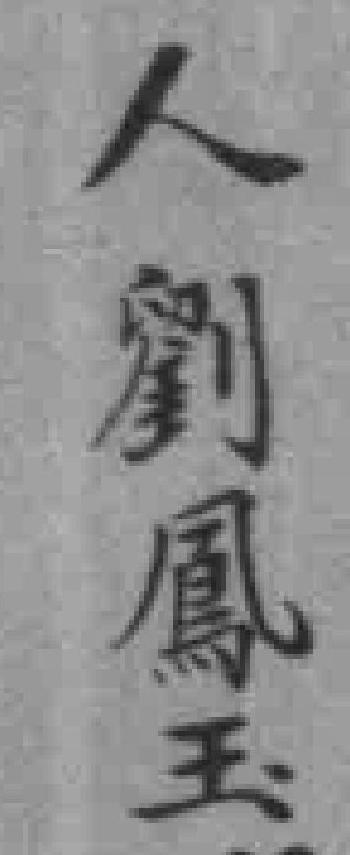
人劉鳳玉